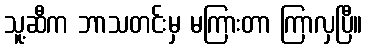
သူ့ဆီက ဘာသတင်းမှ မကြားတာ ကြာလှပြီ။